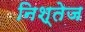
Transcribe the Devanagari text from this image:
निश्तेज